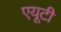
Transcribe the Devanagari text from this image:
एयूटी